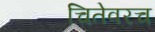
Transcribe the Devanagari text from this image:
चितेवरच